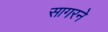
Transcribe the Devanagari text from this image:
सागरने